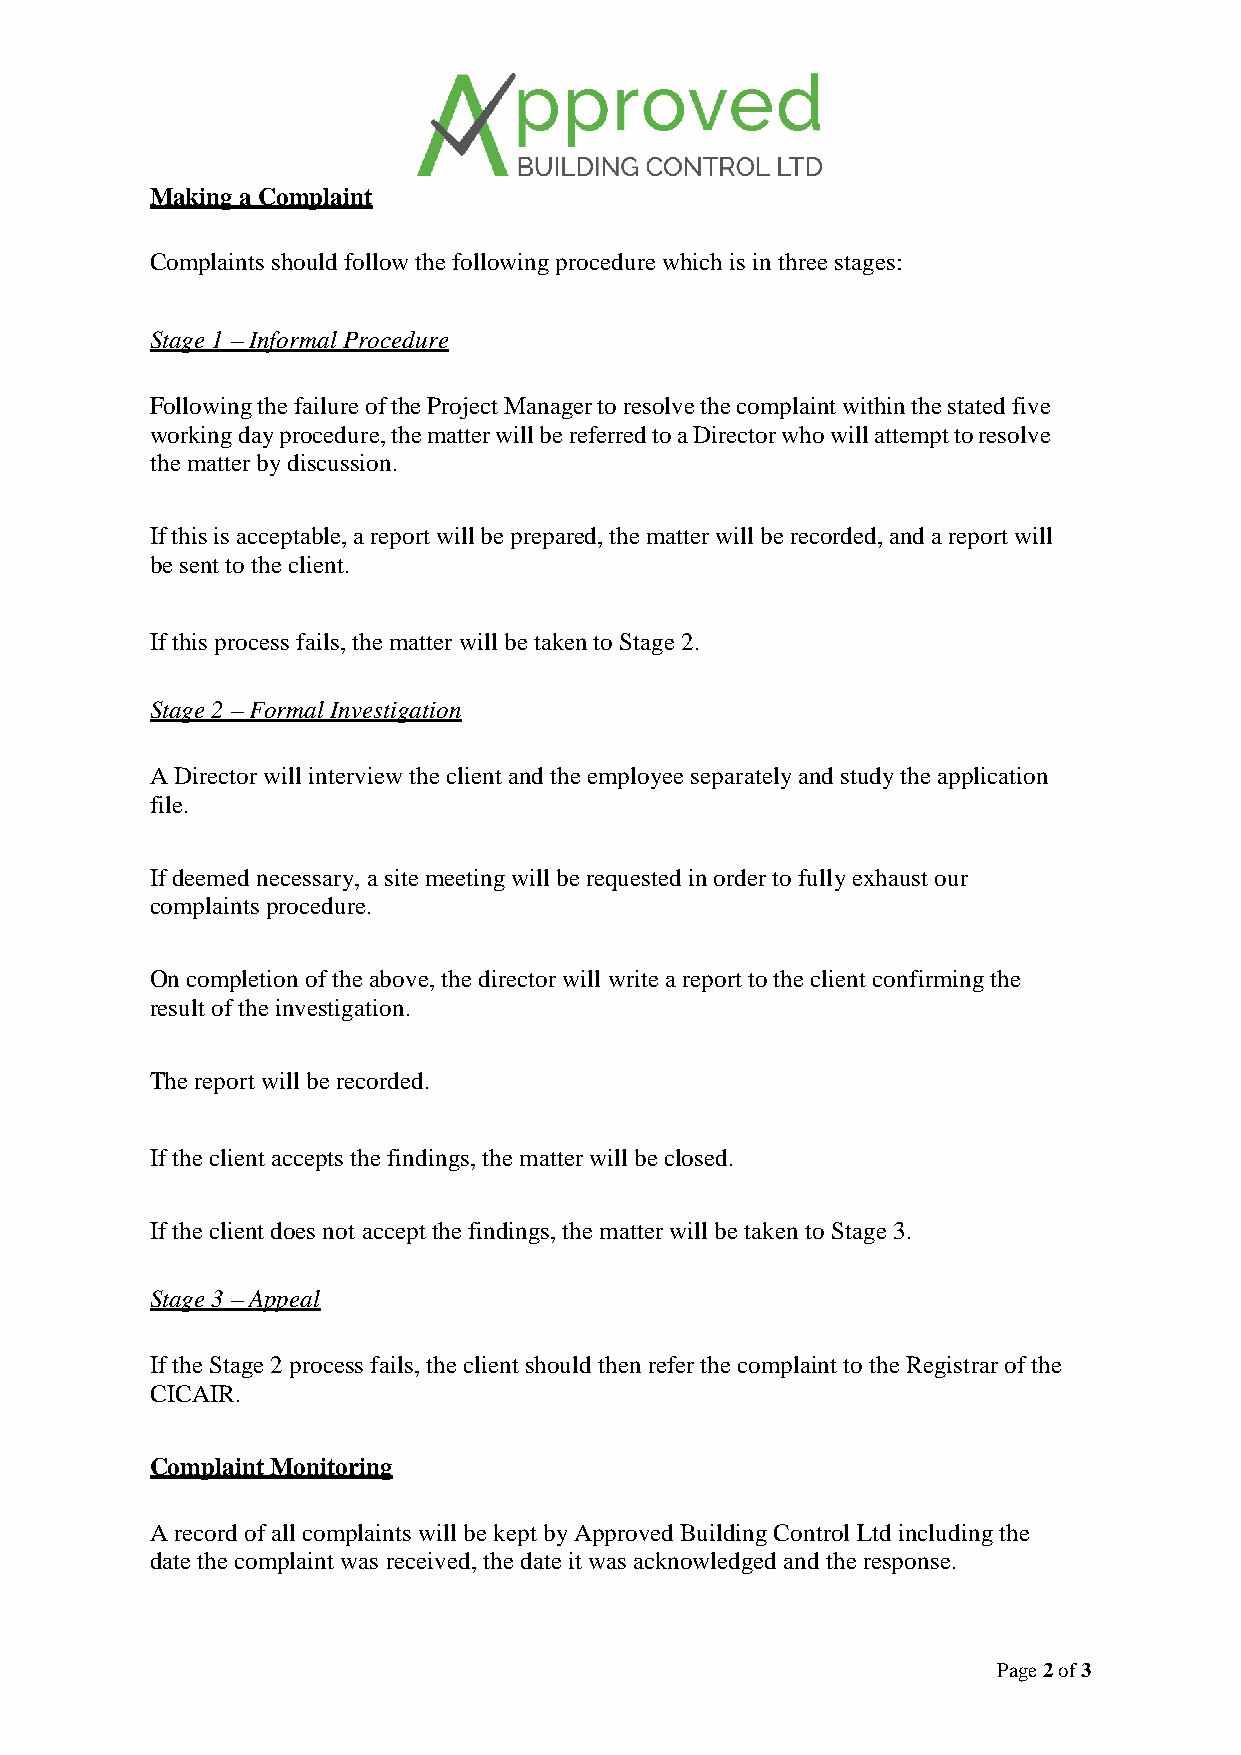
Making a Complaint
 Complaints should follow the following procedure which is in three stages:
 Stage 1 – Informal Procedure
 Following the failure of the Project Manager to resolve the complaint within the stated five
 working day procedure, the matter will be referred to a Director who will attempt to resolve
 the matter by discussion.
 If this is acceptable, a report will be prepared, the matter will be recorded, and a report will
 be sent to the client.
 If this process fails, the matter will be taken to Stage 2.
 Stage 2 – Formal Investigation
 A Director will interview the client and the employee separately and study the application
 file.
 If deemed necessary, a site meeting will be requested in order to fully exhaust our
 complaints procedure.
 On completion of the above, the director will write a report to the client confirming the
 result of the investigation.
 The report will be recorded.
 If the client accepts the findings, the matter will be closed.
 If the client does not accept the findings, the matter will be taken to Stage 3.
 Stage 3 – Appeal
 If the Stage 2 process fails, the client should then refer the complaint to the Registrar of the
 CICAIR.
 Complaint Monitoring
 A record of all complaints will be kept by Approved Building Control Ltd including the
 date the complaint was received, the date it was acknowledged and the response.
 Page 2 of 3